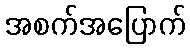
အစက်အပြောက်